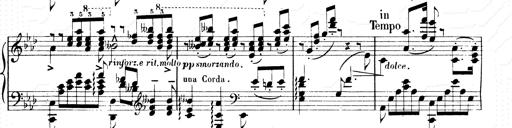
Title: 2 Transcriptions d'aprÃ¨s Rossini
Composer: Franz Liszt